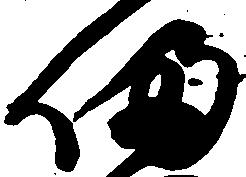
帰